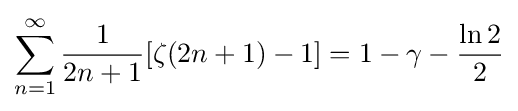
\sum _{n=1}^{\infty }{\frac {1}{2n+1}}[\zeta (2n+1)-1]=1-\gamma -{\frac {\ln 2}{2}}